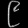
Digit: ၉